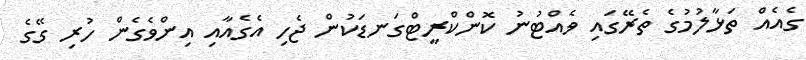
ގެއެއް ތަޅާލުމުގެ ތެރޭގައި ވެއްޓުނު ކޮންކްރީޓްގަނޑަކުން ޖެހި އެގެއާއި އިންވެގެން ހުރި ގޭގެ